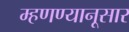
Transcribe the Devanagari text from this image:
म्हणण्यानूसार